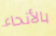
بالأنحاء